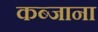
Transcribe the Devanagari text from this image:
कब्जाना